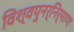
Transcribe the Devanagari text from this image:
विश्वपुनर्निर्माण